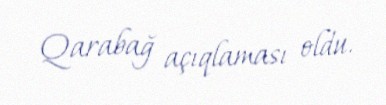
Qarabağ açıqlaması oldu.